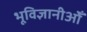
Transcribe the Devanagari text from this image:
भूविज्ञानीओँ